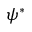
\psi ^ { \ast }